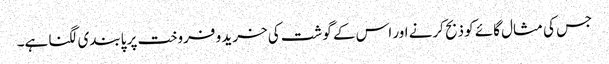
جس کی مثال گائے کو ذبح کرنے اور اس کے گوشت کی خرید و فروخت پر پابندی لگنا ہے۔